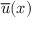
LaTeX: { \overline { { u } } } ( { \boldsymbol { x } } )